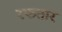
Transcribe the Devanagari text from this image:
रफतार